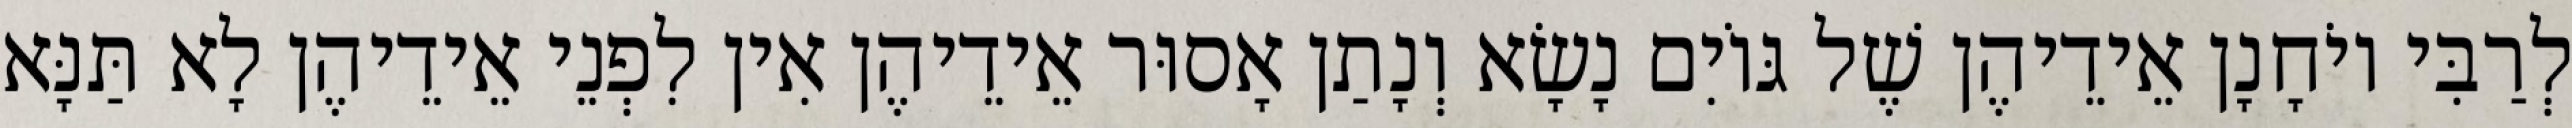
לְרַבִּי יוֹחָנָן אֵידֵיהֶן שֶׁל גּוֹיִם נָשָׂא וְנָתַן אָסוּר אֵידֵיהֶן אִין לִפְנֵי אֵידֵיהֶן לָא תַּנָּא